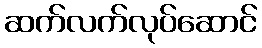
ဆက်လက်လုပ်ဆောင်